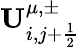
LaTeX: \mathbf{U}_{i,j+\frac{1}{2}}^{\mu,\pm}